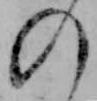
の